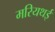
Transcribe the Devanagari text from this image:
मरियथई